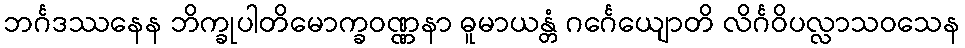
ဘင်္ဂဒဿနေန ဘိက္ခုပါတိမောက္ခဝဏ္ဏနာ ဓူမာယန္တံ ဂင်္ဂေယျောတိ လိင်္ဂဝိပလ္လာသဝသေန